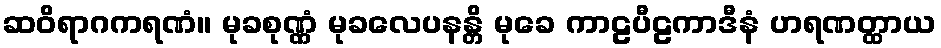
ဆဝိရာဂကရဏံ။ မုခစုဏ္ဏံ မုခလေပနန္တိ မုခေ ကာဠပီဠကာဒီနံ ဟရဏတ္ထာယ